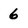
Character: 6